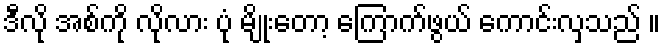
ဒီလို အစ်ကို လိုလား ပုံ မျိုးတော့ ကြောက်ဖွယ် ကောင်းလှသည် ။